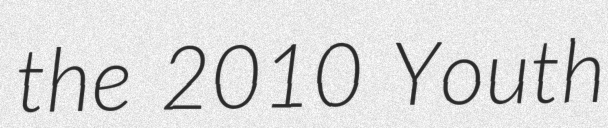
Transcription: the 2010 Youth